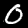
Digit: 0